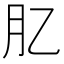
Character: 肊